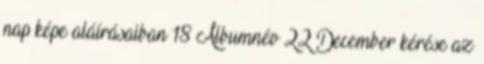
nap képe aláírásaiban 18 Albumnév 22 December kérése az